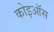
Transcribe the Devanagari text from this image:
कोइऑस